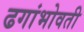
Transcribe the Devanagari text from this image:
ढगांभोवती